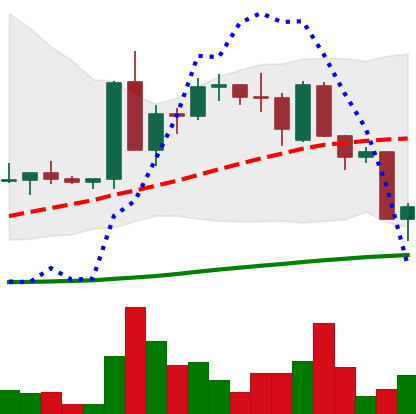
Ticker: ETC-USD
Chart end date: 2022-09-19
Forward return: -5.57%
Label: down_5_7